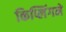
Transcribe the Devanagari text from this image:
किप्लिंगने